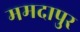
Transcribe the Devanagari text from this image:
ममदापुर